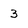
Character: 3